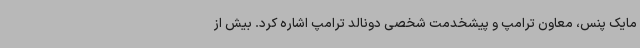
مایک پنس، معاون ترامپ و پیشخدمت شخصی دونالد ترامپ اشاره کرد. بیش از